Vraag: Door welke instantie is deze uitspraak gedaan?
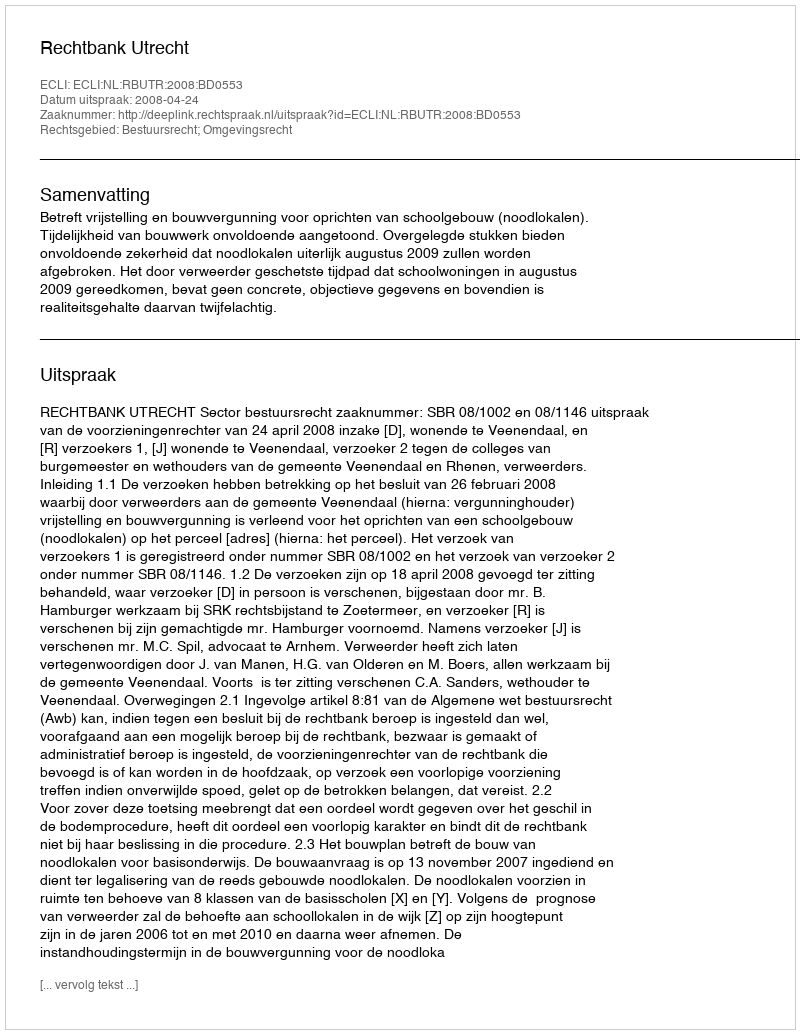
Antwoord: Rechtbank Utrecht